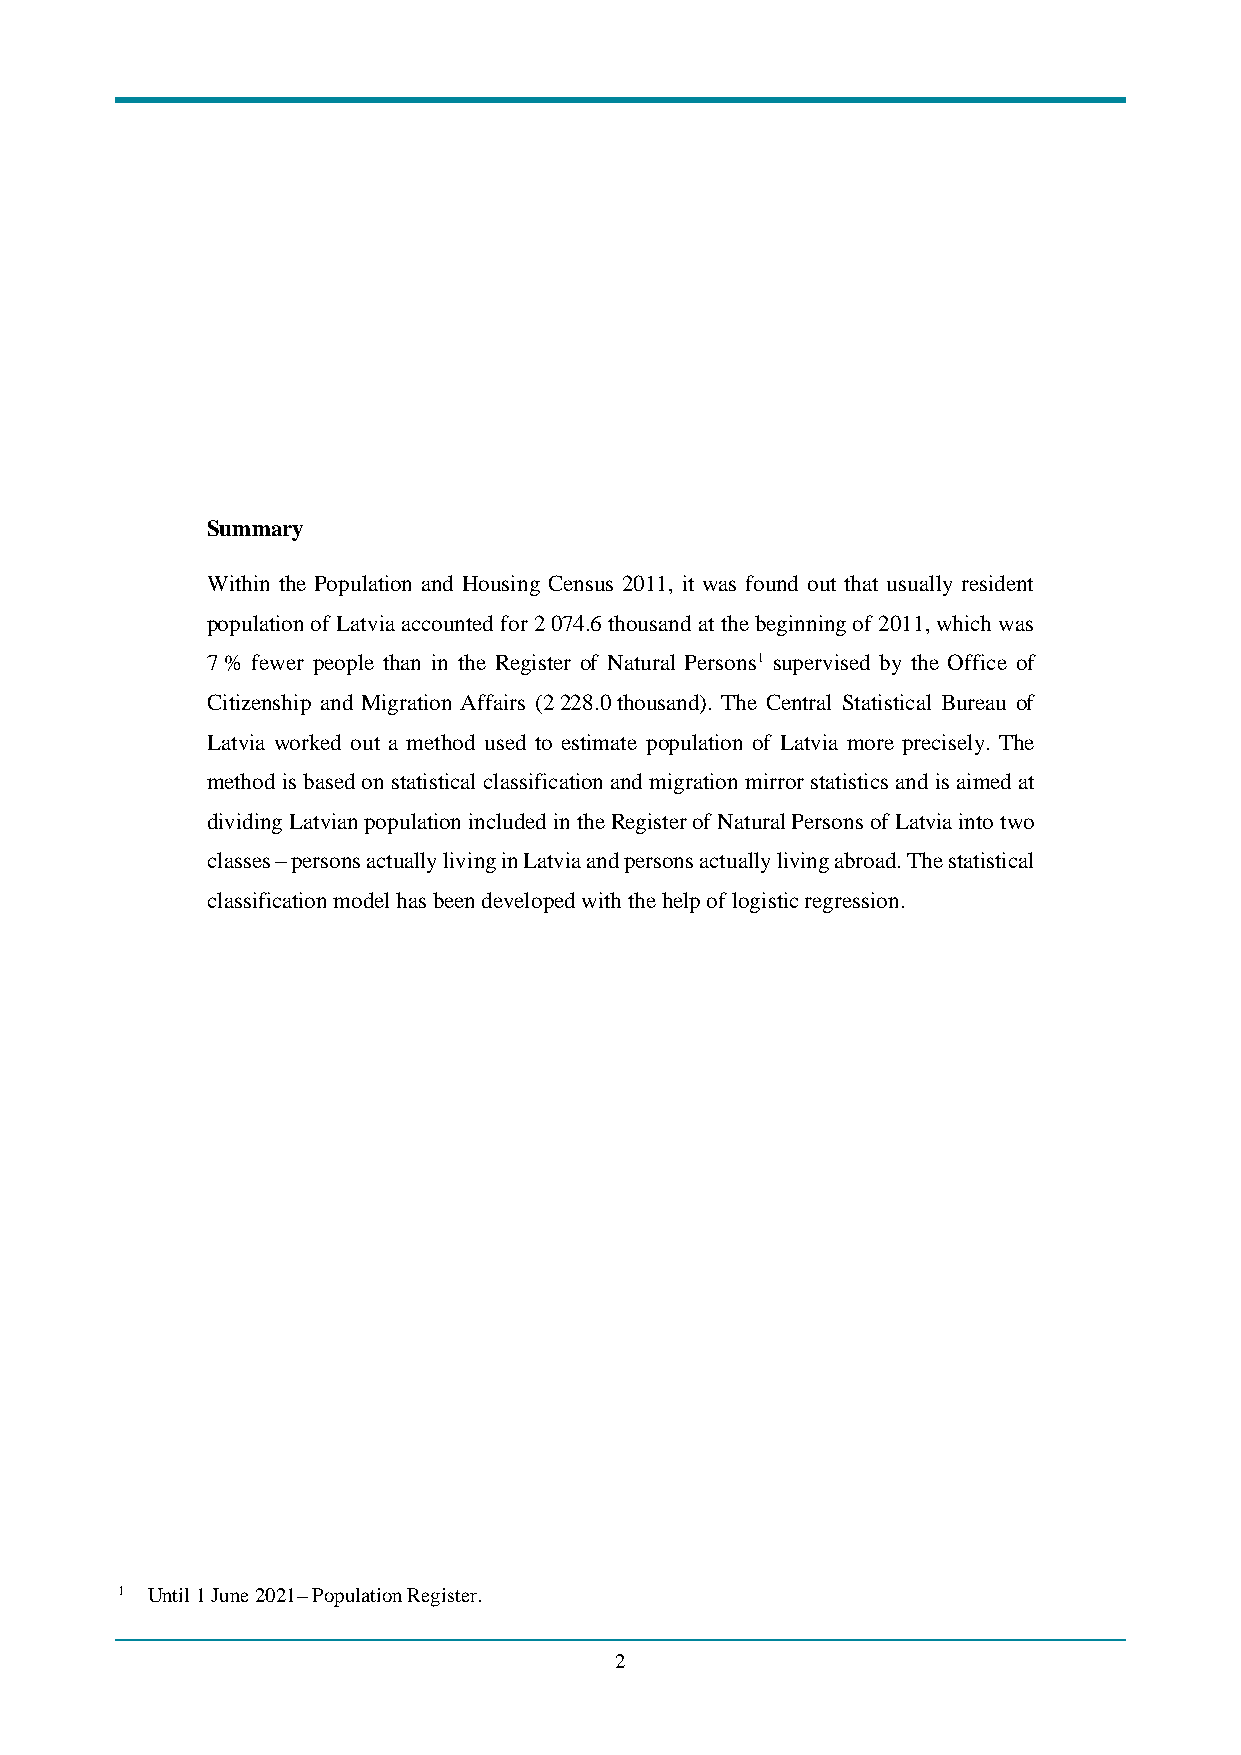
Summary
 Within the Population and Housing Census 2011, it was found out that usually resident
 population of Latvia accounted for 2 074.6 thousand at the beginning of 2011, which was
 7 % fewer people than in the Register of Natural Persons1 supervised by the Office of
 Citizenship and Migration Affairs (2 228.0 thousand). The Central Statistical Bureau of
 Latvia worked out a method used to estimate population of Latvia more precisely. The
 method is based on statistical classification and migration mirror statistics and is aimed at
 dividing Latvian population included in the Register of Natural Persons of Latvia into two
 classes – persons actually living in Latvia and persons actually living abroad. The statistical
 classification model has been developed with the help of logistic regression.
 1 Until 1 June 2021– Population Register.
 2